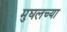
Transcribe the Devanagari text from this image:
मुघलच्या